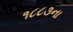
૧૮૮૩ના